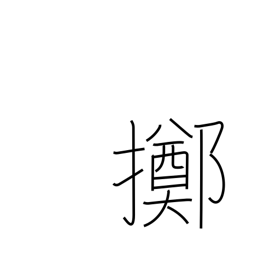
Meaning: resign